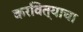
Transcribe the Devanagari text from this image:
करवित्याचा